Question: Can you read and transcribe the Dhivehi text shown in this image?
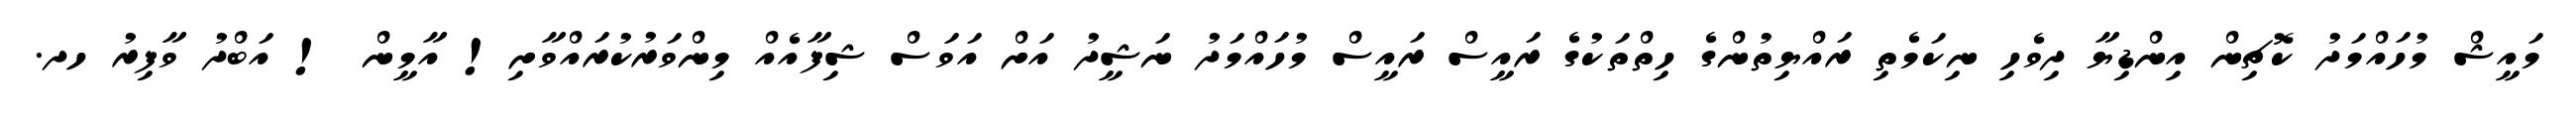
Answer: މައީޝް މުހައްމަދު ކޮޗިން އިންޑިޔާ ދިވެހި ނިކަމެތި ރައްޔިތުންގެ ހިތްތަކުގެ ރައީސް ރައީސް މުހައްމަދު ނަޝީދު އަށް އަވަސް ޝިފާއެއް މިންވަރުކުރައްވާށި! އާމީން ! އަބްދު ވާފިރު ހދ.